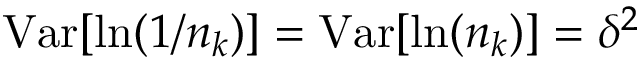
\mathrm { V a r } [ \ln ( 1 / n _ { k } ) ] = \mathrm { V a r } [ \ln ( n _ { k } ) ] = \delta ^ { 2 }